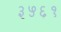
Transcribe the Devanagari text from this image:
३५६१